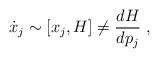
LaTeX: \begin{align*}{\dot{x}_{j}} \sim [x_{j},H] \neq {dH \over dp_j}~, \end{align*}